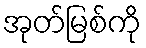
အုတ်မြစ်ကို